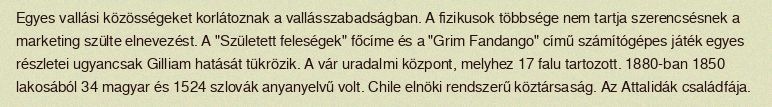
Egyes vallási közösségeket korlátoznak a vallásszabadságban. A fizikusok többsége nem tartja szerencsésnek a marketing szülte elnevezést. A "Született feleségek" főcíme és a "Grim Fandango" című számítógépes játék egyes részletei ugyancsak Gilliam hatását tükrözik. A vár uradalmi központ, melyhez 17 falu tartozott. 1880-ban 1850 lakosából 34 magyar és 1524 szlovák anyanyelvű volt. Chile elnöki rendszerű köztársaság. Az Attalidák családfája.